King Institute of Preventive Medicine Micro-Biological Section reports 1909-11
Year: 1909
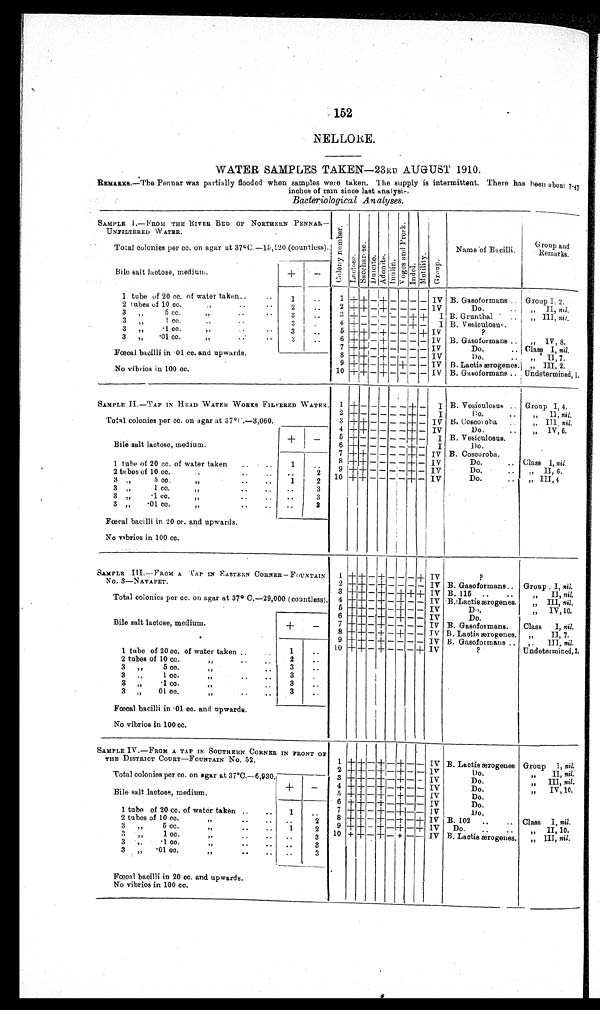
152
NELLORE.
WATER SAMPLES TAKEN—23RD AUGUST 1910.
REMARKS.—The Pennar was partially flooded when samples were taken. The supply is intermittent. There has been about 7·47
inches of rain since last analysis
Bacteriological Analyses.
SAMPLE 1.—FROM THE RIVER BED OF NORTHERN PENNAR
— UNFILTERED WATER.
C o l o n y n u mb e r
LactoseSacchar oseDulciteAdoni t eInulinVo g e s a n d P r o s kIndolMotilityGroup
Name of Bacilli.
Group and
Remar
ks.
Total colonies per cc. on agar at 37°C.—15,120 (countless).
Bile salt lactose, medium.
+
−
1 tube of 20 cc. of water taken.
1
1 + +
−
+
− − − − IV B. Gasoformans
Group I, 2.
2 tubes of 10 cc. „
2
2
+ + −
+
− − − − 1V
Do.
„ II, nil,
3 „ 5 cc. „
3
3
+
−
−− − − +
+
I B. Grunthal
„ III, nil.
3 „ 1cc. „
3
4
+
− − − − − + −
I B. V esiculosus.
3 „·1 cc. „
3
5
+
+ −
+
− − − + IV ?
3 „·01 cc. „
3
6 + + −
+
− − − − IV B. Gasoformans
,, IV, 8.
7 +
+
−
+
− − − − IV
Do.
Class I, nil.
Fœcal bacilli in·01 cc. and upwards.
8
+ +
−
+
− − − − IV
Do.
„ II, 7.
9 +
+
−
+
− + − −
IV B. Lactis ærogenes. „ III, 2.
No vibrios in 100 cc.
10
+ +
−
+
− − − −
IV B. Gasoformans
Undetermined, 1.
SAMPLE II.—TAP IN HEAD WATERWORKS FILTERED WATER.
1
+
− − − − −
+
−
I B. Vesiculosus
Group I, 4.
2 +− − − − − + −
I
Do.
„ Il, nil.
Total colonies per cc. on agar at 37°C.—3,060.
3
+ + − − − − + −
IV B. Coscoroba
„ III, nil.
4 + + − − − − + −
IV
Do.
„ IV, 6.
+
−
5
+
− − − − −
+
−
I B. Vesiculosus.
Bile salt lactose, medium.
6 + − − − − − +−
I
Do.
7 +
+
− − − − + −
IV B. Coscoroba.
8
+
+
− − − − + − IV
Do.
Class I, nil.
1 tube of 20 cc. of water taken
1
9
+ +
− − − − + − IV
„ II, 6.
2 tubes of 10 cc.
2
10
+ +
− − − − + − IV
Do.
„ III,4
3 „ 5cc „
1
2
3„ 1cc.„
3
3 „·1 cc.„
3
3„·01 cc.„
3
Fœcal bacilli in 20 cc. and upwards.
No vibrios in 100 cc.
SAMPLE III.—FROM A TAP IN EASTERN CORNER —FOUNTAIN
NO.3—NAVAPET.
1
+ +
− + − − −
+
IV
?
2
+ +
− + − − − − IV B. Gasoformans.
Group , I, nil.
3
+ +
− + −
+ + +
IV B. 115
„ II, nil.
Total colonies per cc. on agar at 37° C.—29,000(countless). 4
+
+ − + − + − − IV B.Lactisaærogenes.
„ III, nil .
5
+ +
−
+
−
+
−
IV
Do.
„ IV,10.
6
+ +
−
+
− + − − IV
Do.
Bile salt lactose, medium.
+
−
7
+ +
− + − − − − IV B. Gasoformans.
Class I, nil.
8
+
+ − + − + − − IV B.Lactis ærogenes.
„ II, 7.
9
+ +
− + − − − − IV B. Gasoformans
„ III, nil.
1 tube of 20 cc. of water taken
1
10 + + −
+
− − − +
I V
?
Undetermined,3.
2 tubes of 10 cc. „
2
3 „5 cc. „
3 „1 cc. „
3
3 „·1 cc. „
3„ 01 cc. „
3
Fœcal bacilli in·01 cc. and upwards.
No vibrios in 100 cc.
SAMPLE IV.—FROM A TAP IN SOUTHERN CORNER
IN FRONT OF THE DISTRICT COURT—FOUNTAIN NO. 52.
1 + + − + − + − −
IV B. Lactis ærogenes Group I, nil.
2 + + −
+
− + − −
I V
Do.
„ II, nil.
Total colonies per cc. on agar at 37°C.—6,930.
3 + +
− + −
+
− − IV
Do.
„ III, nil.
+
−
4 + + − + −
+
− − IV
Do.
,, IV, 10.
Bile salt lactose, medium.
5
+ + −
+
+ − −
IV
Do.
6 + + −
+
− + − −
IV
Do.
1 tube of 20 cc. of water taken.
1
7 +
+
−
+
−
+
− −
IV
Do.
2 tubes of 10 cc. „
8 + + − + −
+
−
+
IV B. 102
Class I, nil.
3 „ 5 cc. „
1
2
9 + + − + −
+
−
+
IV
Do.
„ II, 10.
3 „ 1 cc.„
3
10 + + − + − +− −
IV B. Lactis ærogenes.
„ III, nil.
3·„·1 cc. „
3
3 „·01cc. „
3
Fœcal bacilli in 20 cc. and upwards.
No vibrios in 100 cc.